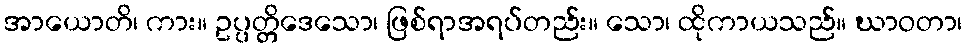
အာယောတိ၊ ကား။ ဥပ္ပတ္တိဒေသော၊ ဖြစ်ရာအရပ်တည်း။ သော၊ ထိုကာယသည်။ ဃာဝတာ၊